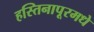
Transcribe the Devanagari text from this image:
हस्तिनापूरमधे